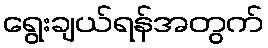
ရွေးချယ်ရန်အတွက်